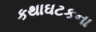
કથાઘટકના